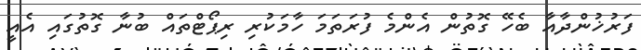
ފަރުޚުންދާއާ ބެހޭ ގޮތުން އެންމެ ފުރަތަމަ ހާމަކުރި ރިޕޯޓްތައް ބުނާ ގޮތުގައި އެއީ